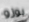
بوزو